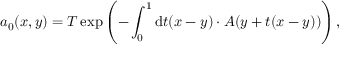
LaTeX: a _ { 0 } ( x , y ) = T \exp \left( - \int _ { 0 } ^ { 1 } \mathrm { d } t ( x - y ) \cdot A ( y + t ( x - y ) ) \right) ,